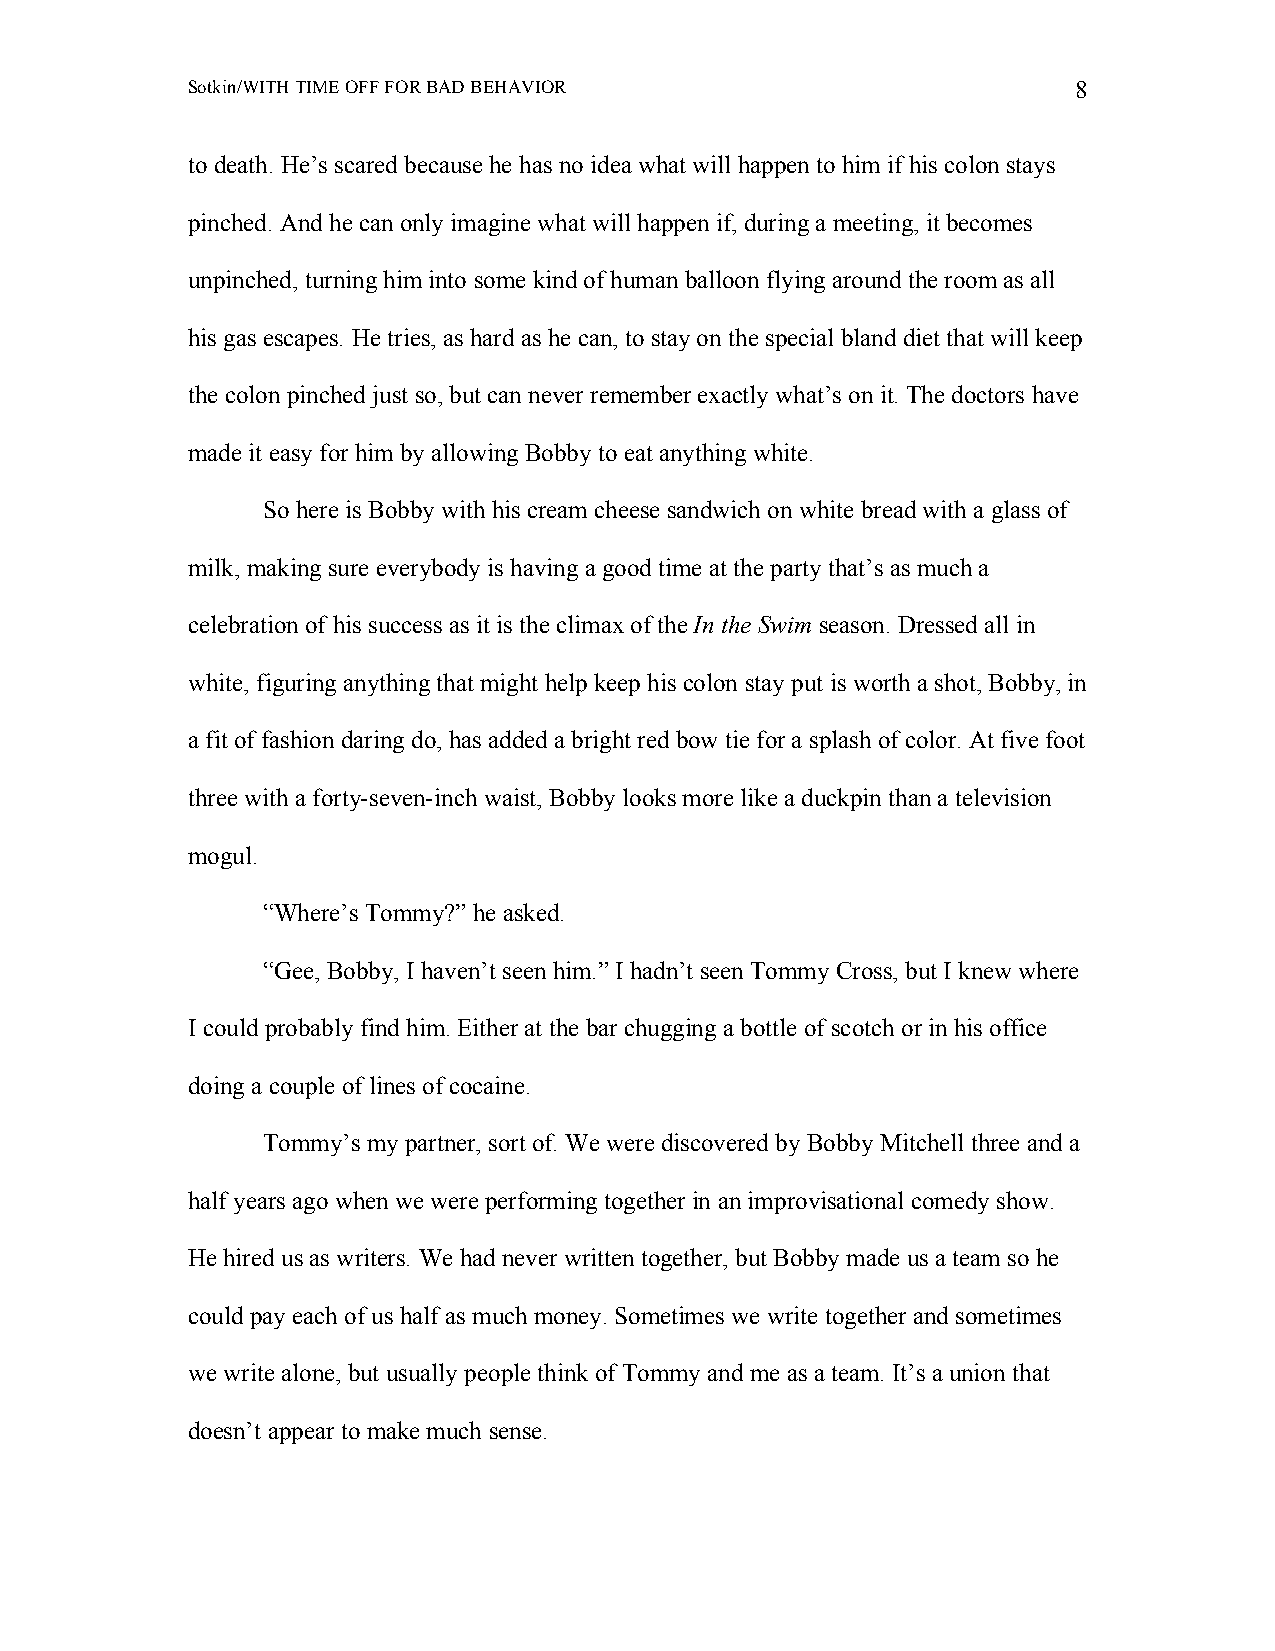
Sotkin/WITH TIME OFF FOR BAD BEHAVIOR                      8
 to death. He’s scared because he has no idea what will happen to him if his colon stays
 pinched. And he can only imagine what will happen if, during a meeting, it becomes
 unpinched, turning him into some kind of human balloon flying around the room as all
 his gas escapes. He tries, as hard as he can, to stay on the special bland diet that will keep
 the colon pinched just so, but can never remember exactly what’s on it. The doctors have
 made it easy for him by allowing Bobby to eat anything white.
 So here is Bobby with his cream cheese sandwich on white bread with a glass of
 milk, making sure everybody is having a good time at the party that’s as much a
 celebration of his success as it is the climax of the In the Swim season. Dressed all in
 white, figuring anything that might help keep his colon stay put is worth a shot, Bobby, in
 a fit of fashion daring do, has added a bright red bow tie for a splash of color. At five foot
 three with a forty-seven-inch waist, Bobby looks more like a duckpin than a television
 mogul.
 “Where’s Tommy?” he asked.
 “Gee, Bobby, I haven’t seen him.” I hadn’t seen Tommy Cross, but I knew where
 I could probably find him. Either at the bar chugging a bottle of scotch or in his office
 doing a couple of lines of cocaine.
 Tommy’s my partner, sort of. We were discovered by Bobby Mitchell three and a
 half years ago when we were performing together in an improvisational comedy show.
 He hired us as writers. We had never written together, but Bobby made us a team so he
 could pay each of us half as much money. Sometimes we write together and sometimes
 we write alone, but usually people think of Tommy and me as a team. It’s a union that
 doesn’t appear to make much sense.